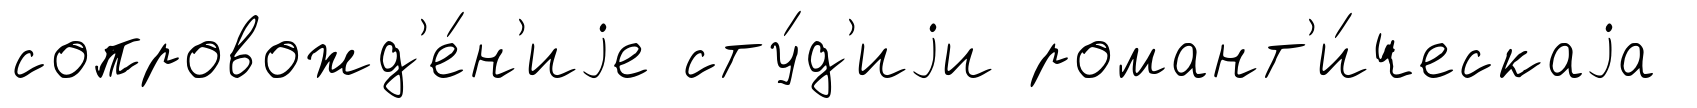
сопровожд'е́н'иjе сту́д'иjи романт'и́ческаjа